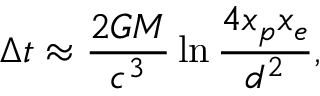
\Delta t \approx { \frac { 2 G M } { c ^ { 3 } } } \ln { \frac { 4 x _ { p } x _ { e } } { d ^ { 2 } } } ,